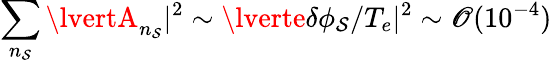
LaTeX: \sum_{n_{\mathcal{S}}}\lvertA_{n_{\mathcal{S}}}\rvert^{2}\sim\lverte\delta\phi_{\mathcal{S}}/T_{e}\rvert^{2}\sim\mathscr{O}(10^{-4})